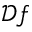
\mathcal { D } f